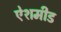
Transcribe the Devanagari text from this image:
ऐशमीड